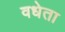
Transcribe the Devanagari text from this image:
वधेता